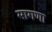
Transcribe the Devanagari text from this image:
मागणा